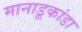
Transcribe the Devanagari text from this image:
मानाडूकांडा